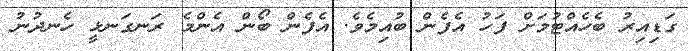
ގަޑިއިރު ބެހެއްޓުމަށް ފަހު އެފެން ބުއިމެވެ. އެފެން ބޯން އެންމެ ރަނގަނޅީ ހެނދުނު